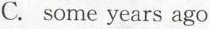
C. some years ago